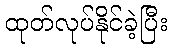
ထုတ်လုပ်နိုင်ခဲ့ပြီး